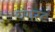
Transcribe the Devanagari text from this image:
यंगेस्ट